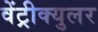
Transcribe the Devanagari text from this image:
वेंट्रीक्युलर